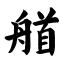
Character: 艏